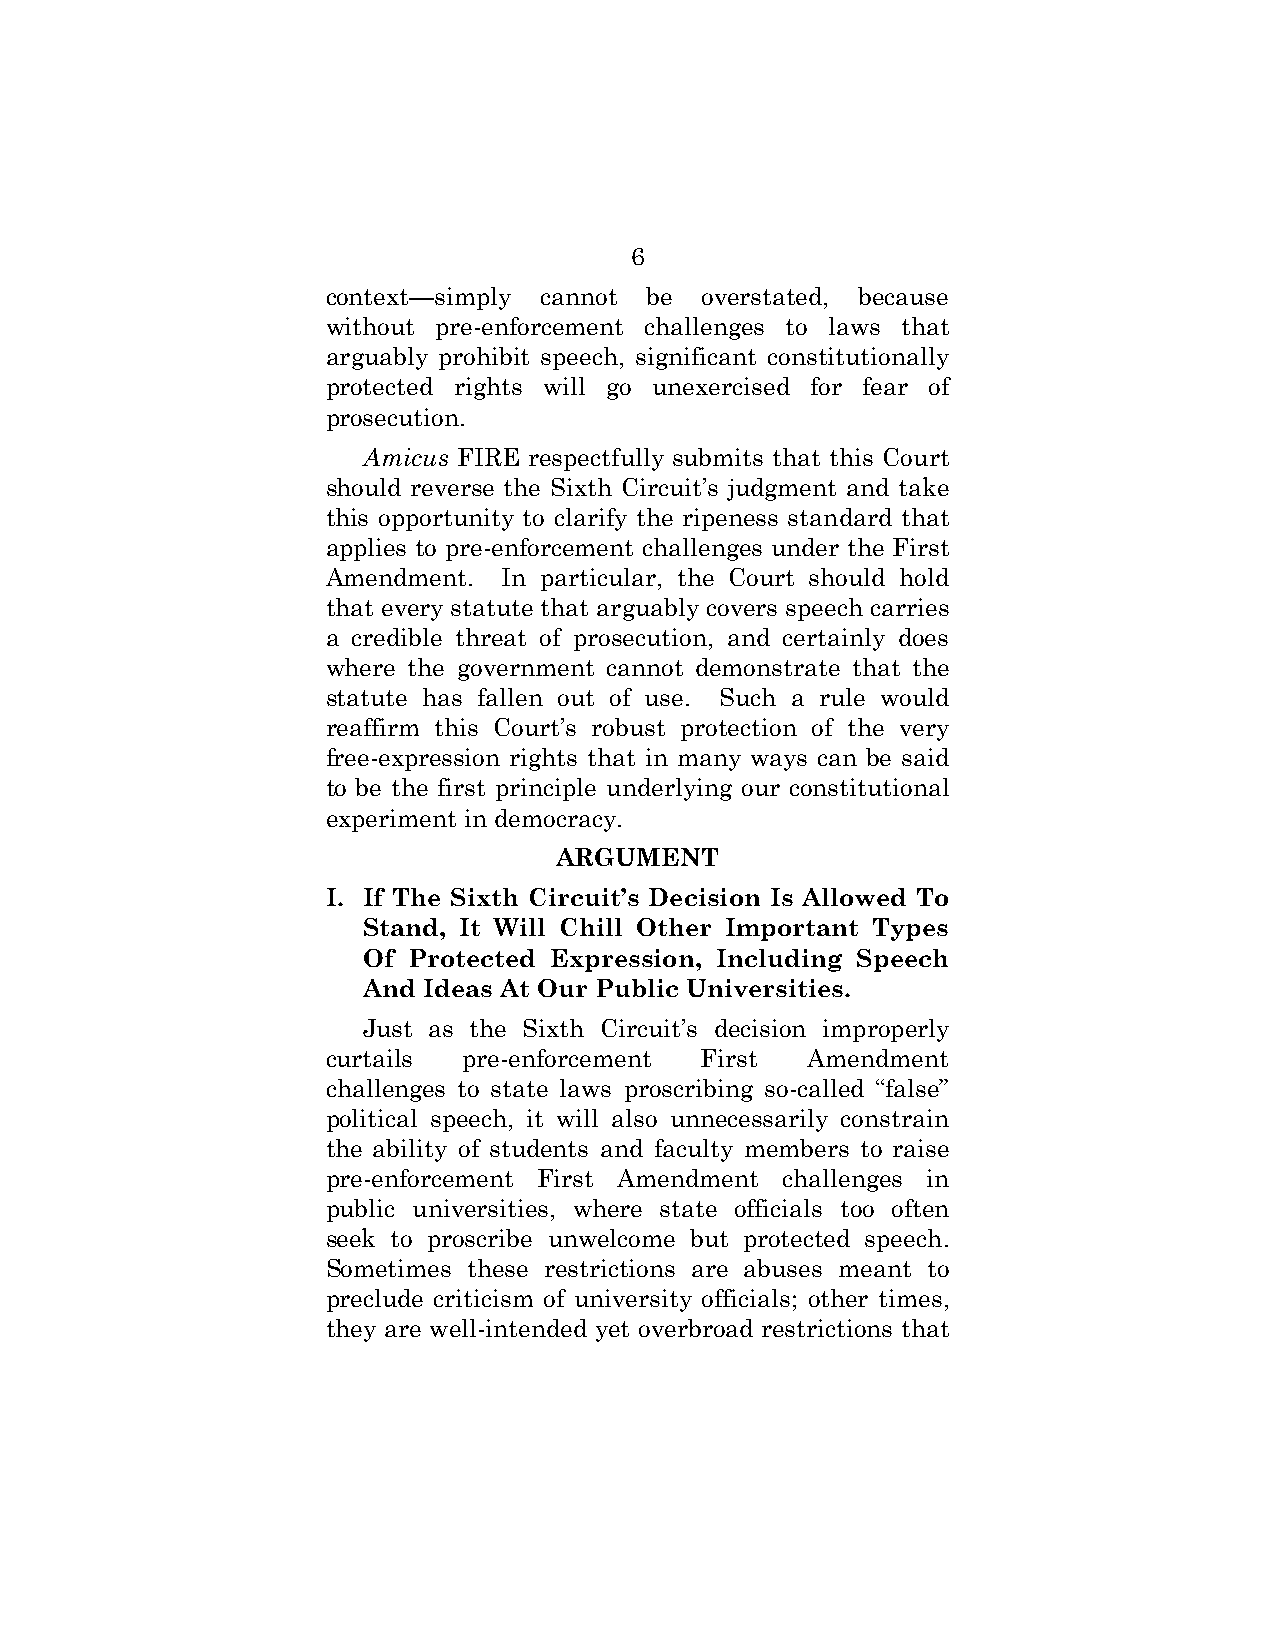
6
 context—simply cannot be overstated, because
 without pre-enforcement challenges to laws that
 arguably prohibit speech, significant constitutionally
 protected rights will go unexercised for fear of
 prosecution.
 Amicus FIRE respectfully submits that this Court
 should reverse the Sixth Circuit’s judgment and take
 this opportunity to clarify the ripeness standard that
 applies to pre-enforcement challenges under the First
 Amendment. In particular, the Court should hold
 that every statute that arguably covers speech carries
 a credible threat of prosecution, and certainly does
 where the government cannot demonstrate that the
 statute has fallen out of use. Such a rule would
 reaffirm this Court’s robust protection of the very
 free-expression rights that in many ways can be said
 to be the first principle underlying our constitutional
 experiment in democracy.
 ARGUMENT
 I. If The Sixth Circuit’s Decision Is Allowed To
 Stand, It Will Chill Other Important Types
 Of Protected Expression, Including Speech
 And Ideas At Our Public Universities.
 Just as the Sixth Circuit’s decision improperly
 curtails pre-enforcement First Amendment
 challenges to state laws proscribing so-called “false”
 political speech, it will also unnecessarily constrain
 the ability of students and faculty members to raise
 pre-enforcement First Amendment challenges in
 public universities, where state officials too often
 seek to proscribe unwelcome but protected speech.
 Sometimes these restrictions are abuses meant to
 preclude criticism of university officials; other times,
 they are well-intended yet overbroad restrictions that